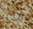
نحن